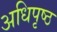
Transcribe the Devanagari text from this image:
अधिपृष्ठ